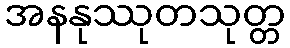
အနနုဿုတသုတ္တ